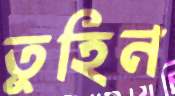
তুহিন